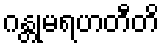
ဂန္တုမရဟတီတိ